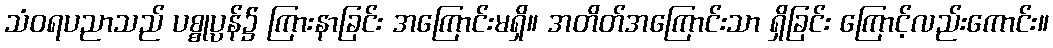
သံဝရပညာသည် ပစ္စုပ္ပန်၌ ကြားနာခြင်း အကြောင်းမရှိ။ အတိတ်အကြောင်းသာ ရှိခြင်း ကြောင့်လည်းကောင်း။